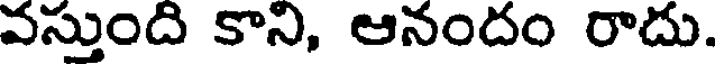
వస్తుంది కాని, ఆనందం రాదు.